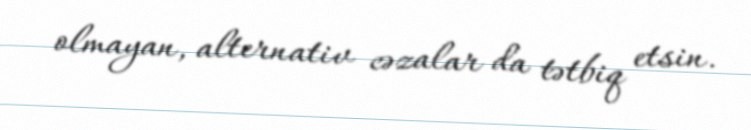
olmayan, alternativ cəzalar da tətbiq etsin.